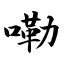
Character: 嘞